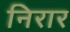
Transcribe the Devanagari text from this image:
निरार